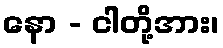
နော - ငါတို့အား၊